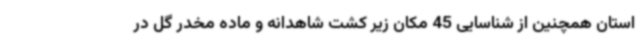
استان همچنین از شناسایی 45 مکان زیر کشت شاهدانه و ماده مخدر گل در